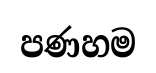
පණහම